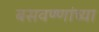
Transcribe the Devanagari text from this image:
बसवण्णांच्या